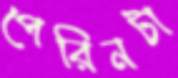
পেরিনটা